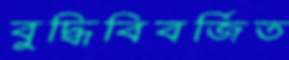
বুদ্ধিবিবর্জিত